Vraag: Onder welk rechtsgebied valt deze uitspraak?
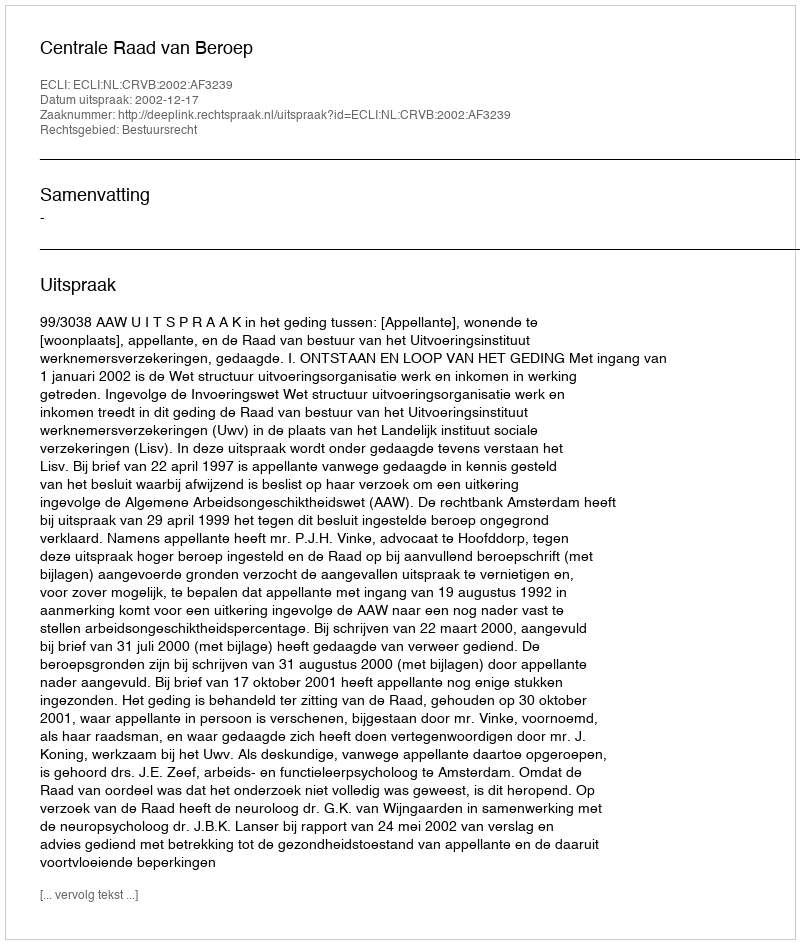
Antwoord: Bestuursrecht